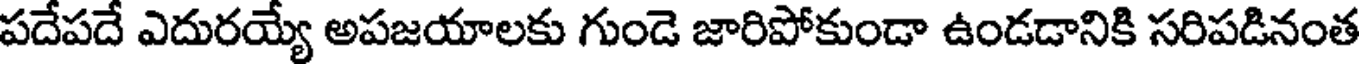
పదేపదే ఎదురయ్యే అపజయాలకు గుండె జారిపోకుండా ఉండడానికి సరిపడినంత